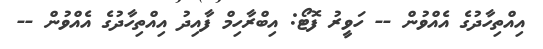
އިއްތިހާދުގެ އެއްވުން -- ހަވީރު ފޮޓޯ: އިބްރާހިމް ފާއިދު އިއްތިހާދުގެ އެއްވުން --